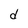
Character: d